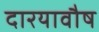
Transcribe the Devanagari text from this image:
दारयावौष